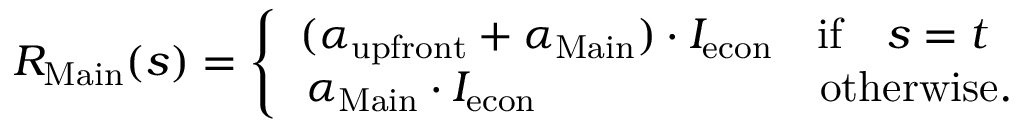
R _ { \mathrm { M a i n } } ( s ) = \left\{ \begin{array} { l l } { ( \alpha _ { \mathrm { u p f r o n t } } + \alpha _ { \mathrm { M a i n } } ) \cdot I _ { \mathrm { e c o n } } \quad \mathrm { i f } \quad s = t } \\ { \, \alpha _ { \mathrm { M a i n } } \cdot I _ { \mathrm { e c o n } } \quad \quad \quad \quad \quad \quad \, \, \, \mathrm { o t h e r w i s e } . } \end{array} \right.